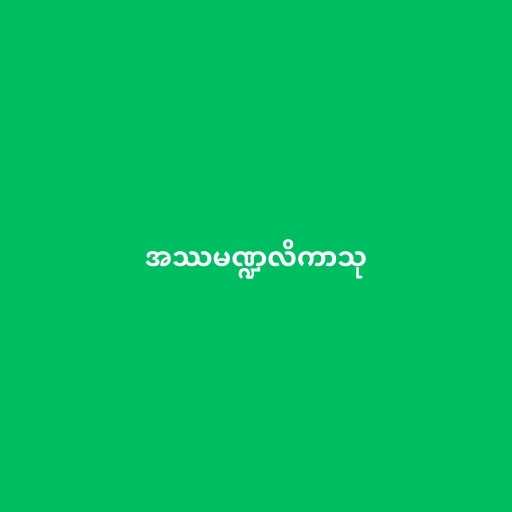
အဿမဏ္ဍလိကာသု